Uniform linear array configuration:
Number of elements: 64
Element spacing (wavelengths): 1
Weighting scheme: binomial
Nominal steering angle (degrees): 30
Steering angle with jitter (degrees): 28.574
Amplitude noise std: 0.05
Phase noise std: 0.05

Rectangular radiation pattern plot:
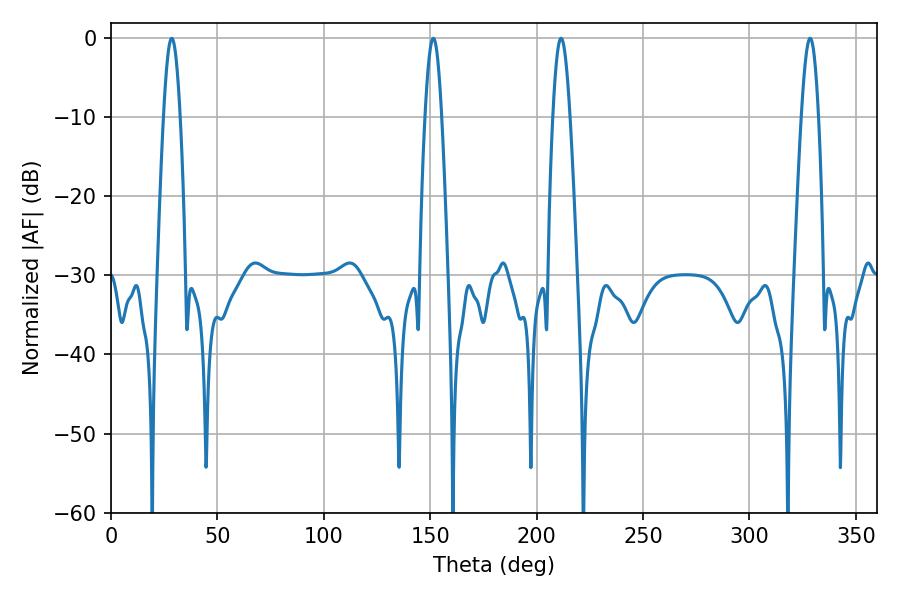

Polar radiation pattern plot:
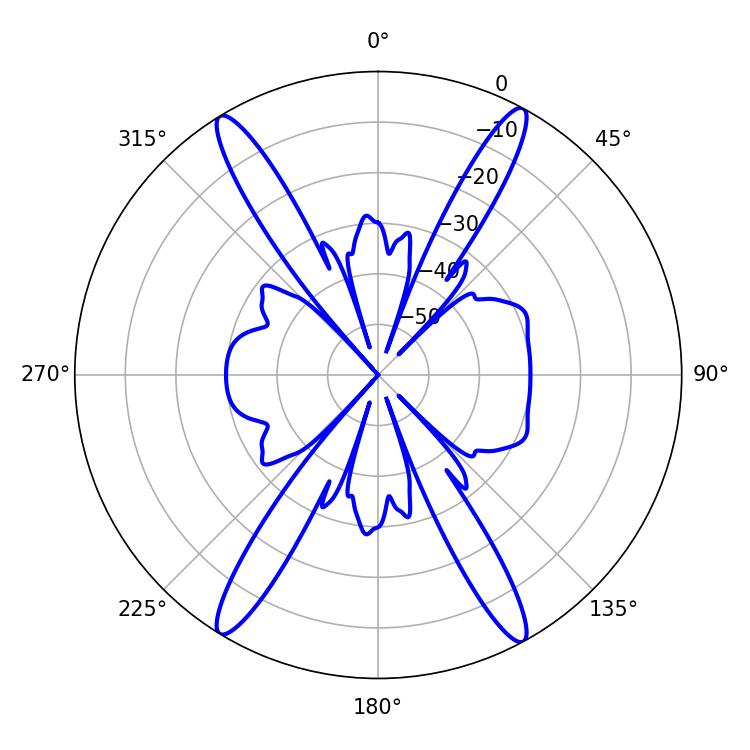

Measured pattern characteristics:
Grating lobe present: TRUE
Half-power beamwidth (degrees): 4.32
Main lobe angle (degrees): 211.5